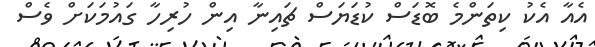
އެއާ އެކު ކިތަންމެ ބޮޑަސް ކުޑަޔަސް ޗައިނާ އިން ހުރިހާ ގައުމަކަށް ވެސް